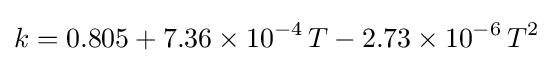
k=0.805+7.36\times 10^{-4}\,T-2.73\times 10^{-6}\,T^{2}